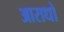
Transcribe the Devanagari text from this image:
आराधो